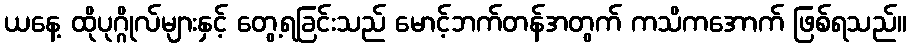
ယနေ့ ထိုပုဂ္ဂိုလ်များနှင့် တွေ့ရခြင်းသည် မောင့်ဘက်တန်အတွက် ကသိကအောက် ဖြစ်ရသည်။